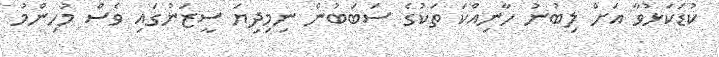
ކުޑަކަޅުވާ އަށް ލިބުނު ހާނިއްކަ ތަކުގެ ސަބަބުން ނިމިދިޔަ ސީޒަނުގައި ވެސް މުހިންމު